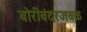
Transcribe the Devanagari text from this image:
बोरीबंदरजवळ